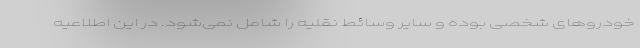
خودروهای شخصی بوده و سایر وسائط نقلیه را شامل نمی­‌شود. در این اطلاعیه